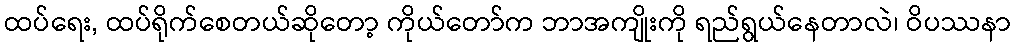
ထပ်ရေး, ထပ်ရိုက်စေတယ်ဆိုတော့ ကိုယ်တော်က ဘာအကျိုးကို ရည်ရွယ်နေတာလဲ၊ ဝိပဿနာ